Burma Government Medical School reports 1923-41
Year: 1923
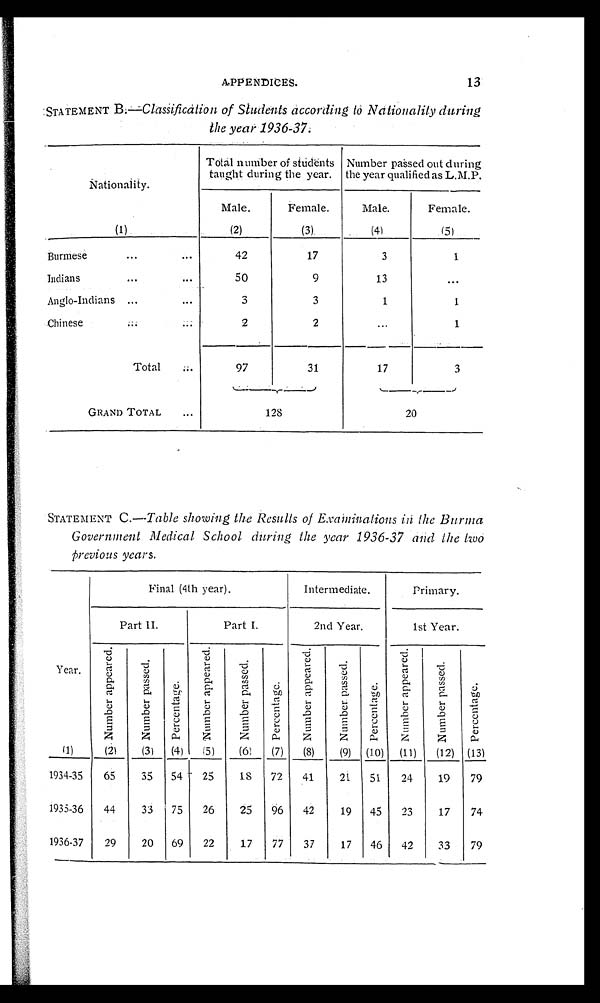
13
APPENDICES.
STATEMENT B.— Classification of Students according to Nationality during
t h e y e a r 1 9 3 6 - 3 7 .
Nationality.
(1)
Total number of students
taught during the year.
Number passed out during
the year qualified as L.M.P.
Male.
(2)
Female.
(3).
Male.
(4)
Female.
(5)
Burmese
42
17
3
1
Indians
50
9
13
Anglo-Indians
3
3
1
1
Chinese
2
2
1
Total
97
31
17
3
GRAND TOTAL
1 2 8
2 0
STATEMENT C .—Table showing the Results of Examinations in the Burma
Government Medical School during the year 1936-37 and the two
previous years.
Y e a r
.
( 1 )
Final (4th year).
Intermediate.
Primary.
Part II.
Part I.
2nd Year.
1st Year.
N u m b e r a p p e a r e d .
( 2 ) N u m b e r p a s s e d .
(3)
P e r c e n t a g e .
(4)
N u m b e r a p p e a r e d .
(5)
N u m b e r p a s s e d .
(6)
P e r c e n t a g e .
(7)
N u m b e r a p p e a r e d .
(8)
N u m b e r p a s s e d .
(9)
P e r c e n t a g e .
(10)
N u m b e r a p p e a r e d .
(11)
N u m b e r p a s s e d .
(12)
P e r c e n t a g e .
(13)
1934-35
65
35 54 25
18
72 41
21
51
24
1 9
79
1935-36 44
33 75 26
25 96 42
19 45
23
17
74
1936-37
29
20 69 22
17
77 37
17 46 42
33
79